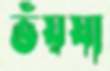
ভঁয়ষা